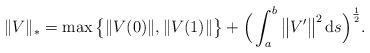
LaTeX: \begin{align*}\Vert V \Vert_{*} = \max\big\{\Vert V(0)\Vert,\Vert V(1)\Vert\big\}+\Big(\int_a^b \big\Vert V' \big\Vert^2\,\mathrm ds\Big)^{\frac12}.\end{align*}